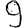
Digit: 9